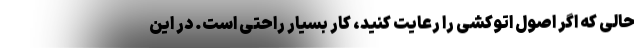
حالی که اگر اصول اتوکشی را رعایت کنید، کار بسیار راحتی است. در این